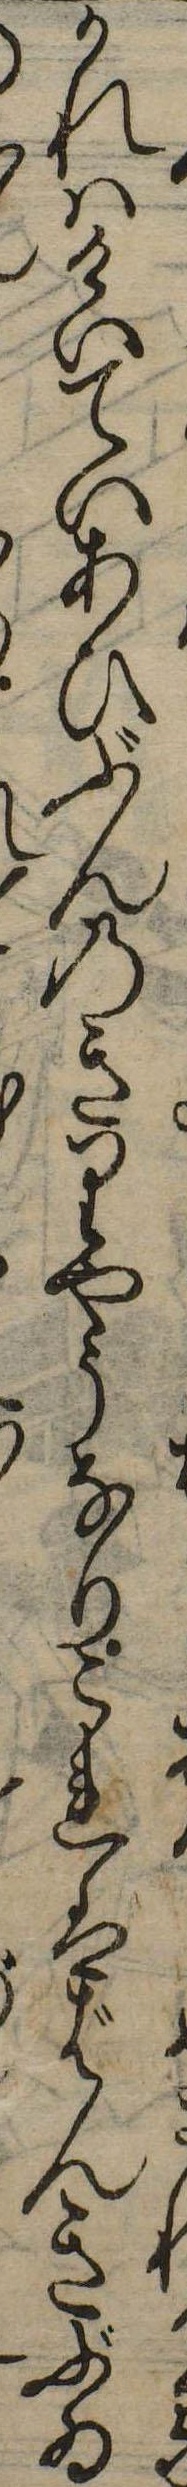
かれはけいていあひぶんのきりやうなりこれはばんきふゐ